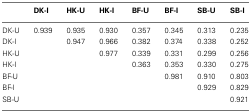
<table><thead><tr><td></td><td><b>DK-I</b></td><td><b>HK-U</b></td><td><b>HK-I</b></td><td><b>BF-U</b></td><td><b>BF-I</b></td><td><b>SB-U</b></td><td><b>SB-I</b></td></tr></thead><tbody><tr><td>DK-U</td><td>0.939</td><td>0.935</td><td>0.930</td><td>0.357</td><td>0.345</td><td>0.313</td><td>0.235</td></tr><tr><td>DK-I</td><td></td><td>0.947</td><td>0.966</td><td>0.382</td><td>0.374</td><td>0.338</td><td>0.252</td></tr><tr><td>HK-U</td><td></td><td></td><td>0.977</td><td>0.339</td><td>0.331</td><td>0.299</td><td>0.256</td></tr><tr><td>HK-I</td><td></td><td></td><td></td><td>0.363</td><td>0.353</td><td>0.330</td><td>0.275</td></tr><tr><td>BF-U</td><td></td><td></td><td></td><td></td><td>0.981</td><td>0.910</td><td>0.803</td></tr><tr><td>BF-I</td><td></td><td></td><td></td><td></td><td></td><td>0.929</td><td>0.829</td></tr><tr><td>SB-U</td><td></td><td></td><td></td><td></td><td></td><td></td><td>0.921</td></tr></tbody></table>